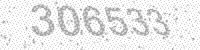
Solution: 306533